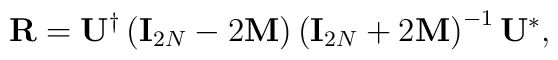
{\bf R}={\bf U}^{\dagger}\left({\bf I}_{2N}-2{\bf M}\right)\left({\bf I}_{2N}+2{\bf M}\right)^{-1}{\bf U}^{*},